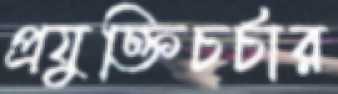
প্রযুক্তিচর্চার